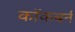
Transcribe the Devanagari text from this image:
काॅकबर्न